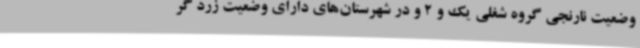
وضعیت نارنجی گروه شغلی یک و 2 و در شهرستان‌های دارای وضعیت زرد گر